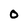
Character: O